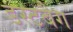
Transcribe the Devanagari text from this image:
डस्टबैग